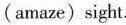
(amaze)sight.